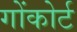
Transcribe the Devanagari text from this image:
गोंकोर्ट